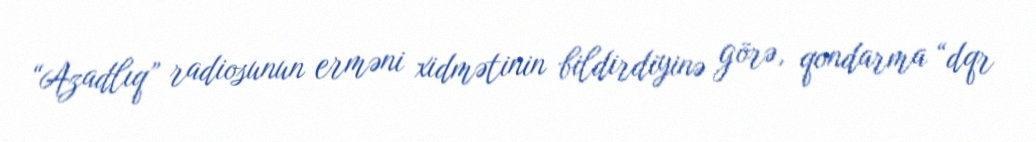
“Azadlıq” radiosunun erməni xidmətinin bildirdiyinə görə, qondarma “dqr